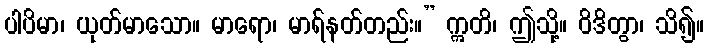
ပါပိမာ၊ ယုတ်မာသော။ မာရော၊ မာရ်နတ်တည်း။” ဣတိ၊ ဤသို့။ ဝိဒိတွာ၊ သိ၍။